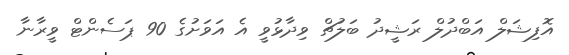
އޮފިޝަލް އަބްދުލް ރަޝީދު ބަލުޗް ވިދާޅުވީ އެ އަވަށުގެ 90 ޕަސެންޓް ވީރާނާ